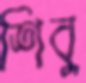
শিবু